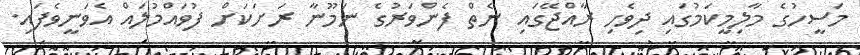
މަސީހުގެ މާލިމީކަމުގައި ދިވެހި ރާއްޖޭގައި ނެތް ފެންވަރުގެ ނަމޫނާ ރަށަކަށް ފުވައްމުލައް އެވަނީވެފައި.